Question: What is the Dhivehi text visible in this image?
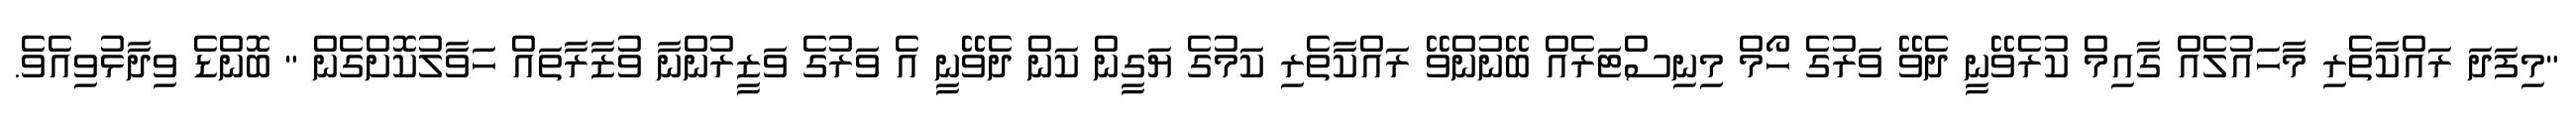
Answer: "މިފަދަ ރައްކާތެރި މާހައުލެއް ގާއިމް ކުރެވޭނީ ދެވޭ ވަރުގެ ހޯމް މިނިސްޓަރެއް ބޭނުންވޭ ރައްކާތެރި ކަމުގެ ޔަގީން ކަން ދެވޭނީ އެ ވަރުގެ ވަޒީރުންނާ ވުޒާރާތައް ހަވާލުކޮށްގެން " ބޮންޑެ ވިދާޅުވިއެވެ.